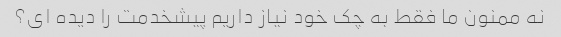
نه ممنون ما فقط به چک خود نیاز داریم پیشخدمت را دیده ای؟